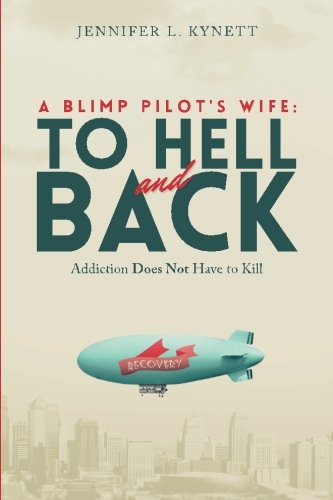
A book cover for A Blimp Pilot's Wife: TO HELL and BACK: Addiction Does Not Have to Kill; Jennifer L Kynett; Health, Fitness & Dieting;